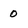
Character: 0